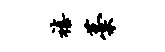
禧藁